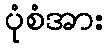
ပုံစံအား